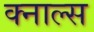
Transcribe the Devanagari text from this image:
क्नाल्स